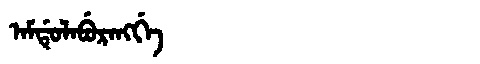
Manchu: ᠠᠮᡩᡠᠯᠠᠪᡠᡵᠠᠩᡤᡝ
Romanization: AMDULABURANGGE